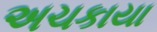
અચકાયા